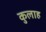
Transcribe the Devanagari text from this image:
कुलाह